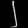
Digit: ၂